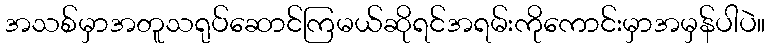
အသစ်မှာအတူသရုပ်ဆောင်ကြမယ်ဆိုရင်အရမ်းကိုကောင်းမှာအမှန်ပါပဲ။